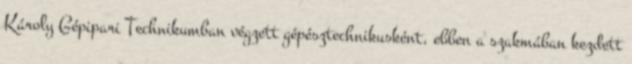
Károly Gépipari Technikumban végzett gépésztechnikusként, ebben a szakmában kezdett